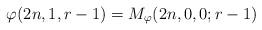
LaTeX: \begin{align*}\varphi(2n,1,r-1)=M_{\varphi}(2n,0,0;r-1)\end{align*}